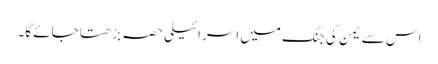
اس سے یمن کی جنگ میں اسرائیلی حصہ بڑھتا جائے گا۔